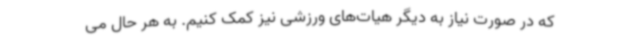
که در صورت نیاز به دیگر هیات‌های ورزشی نیز کمک کنیم. به هر حال می